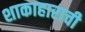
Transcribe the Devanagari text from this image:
शाकाहाराची